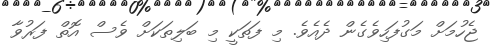
ޖެހުމަށް މަގުފަހިވެގެން ދެއެވެ. މި ފަތަކީ މި ބަލިތަކަށް ވެސް އޮތް ފަރުވާ